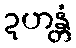
ဍဟန္တံ